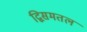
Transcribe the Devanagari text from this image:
द्विसमतल